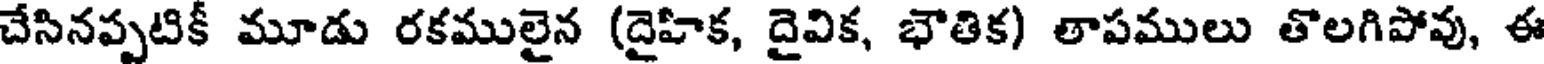
చేసినప్పటికీ మూడు రకములైన (దైహిక, దైవిక, భౌతిక) తాపములు తొలగిపోవు, ఈ